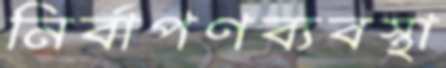
নির্বাপণব্যবস্থা